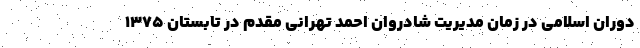
دوران اسلامی در زمان مدیریت شادروان احمد تهرانی مقدم در تابستان ۱۳۷۵